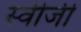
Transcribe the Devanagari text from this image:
स्वीजी